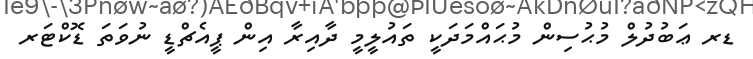
ޑރ ޢަބުދުލް މުޙުސިން މުޙައްމަދަކީ ތައުލީމީ ދާއިރާ އިން ޕީއެޗްޑީ ނުވަތަ ޑޮކްޓަރ